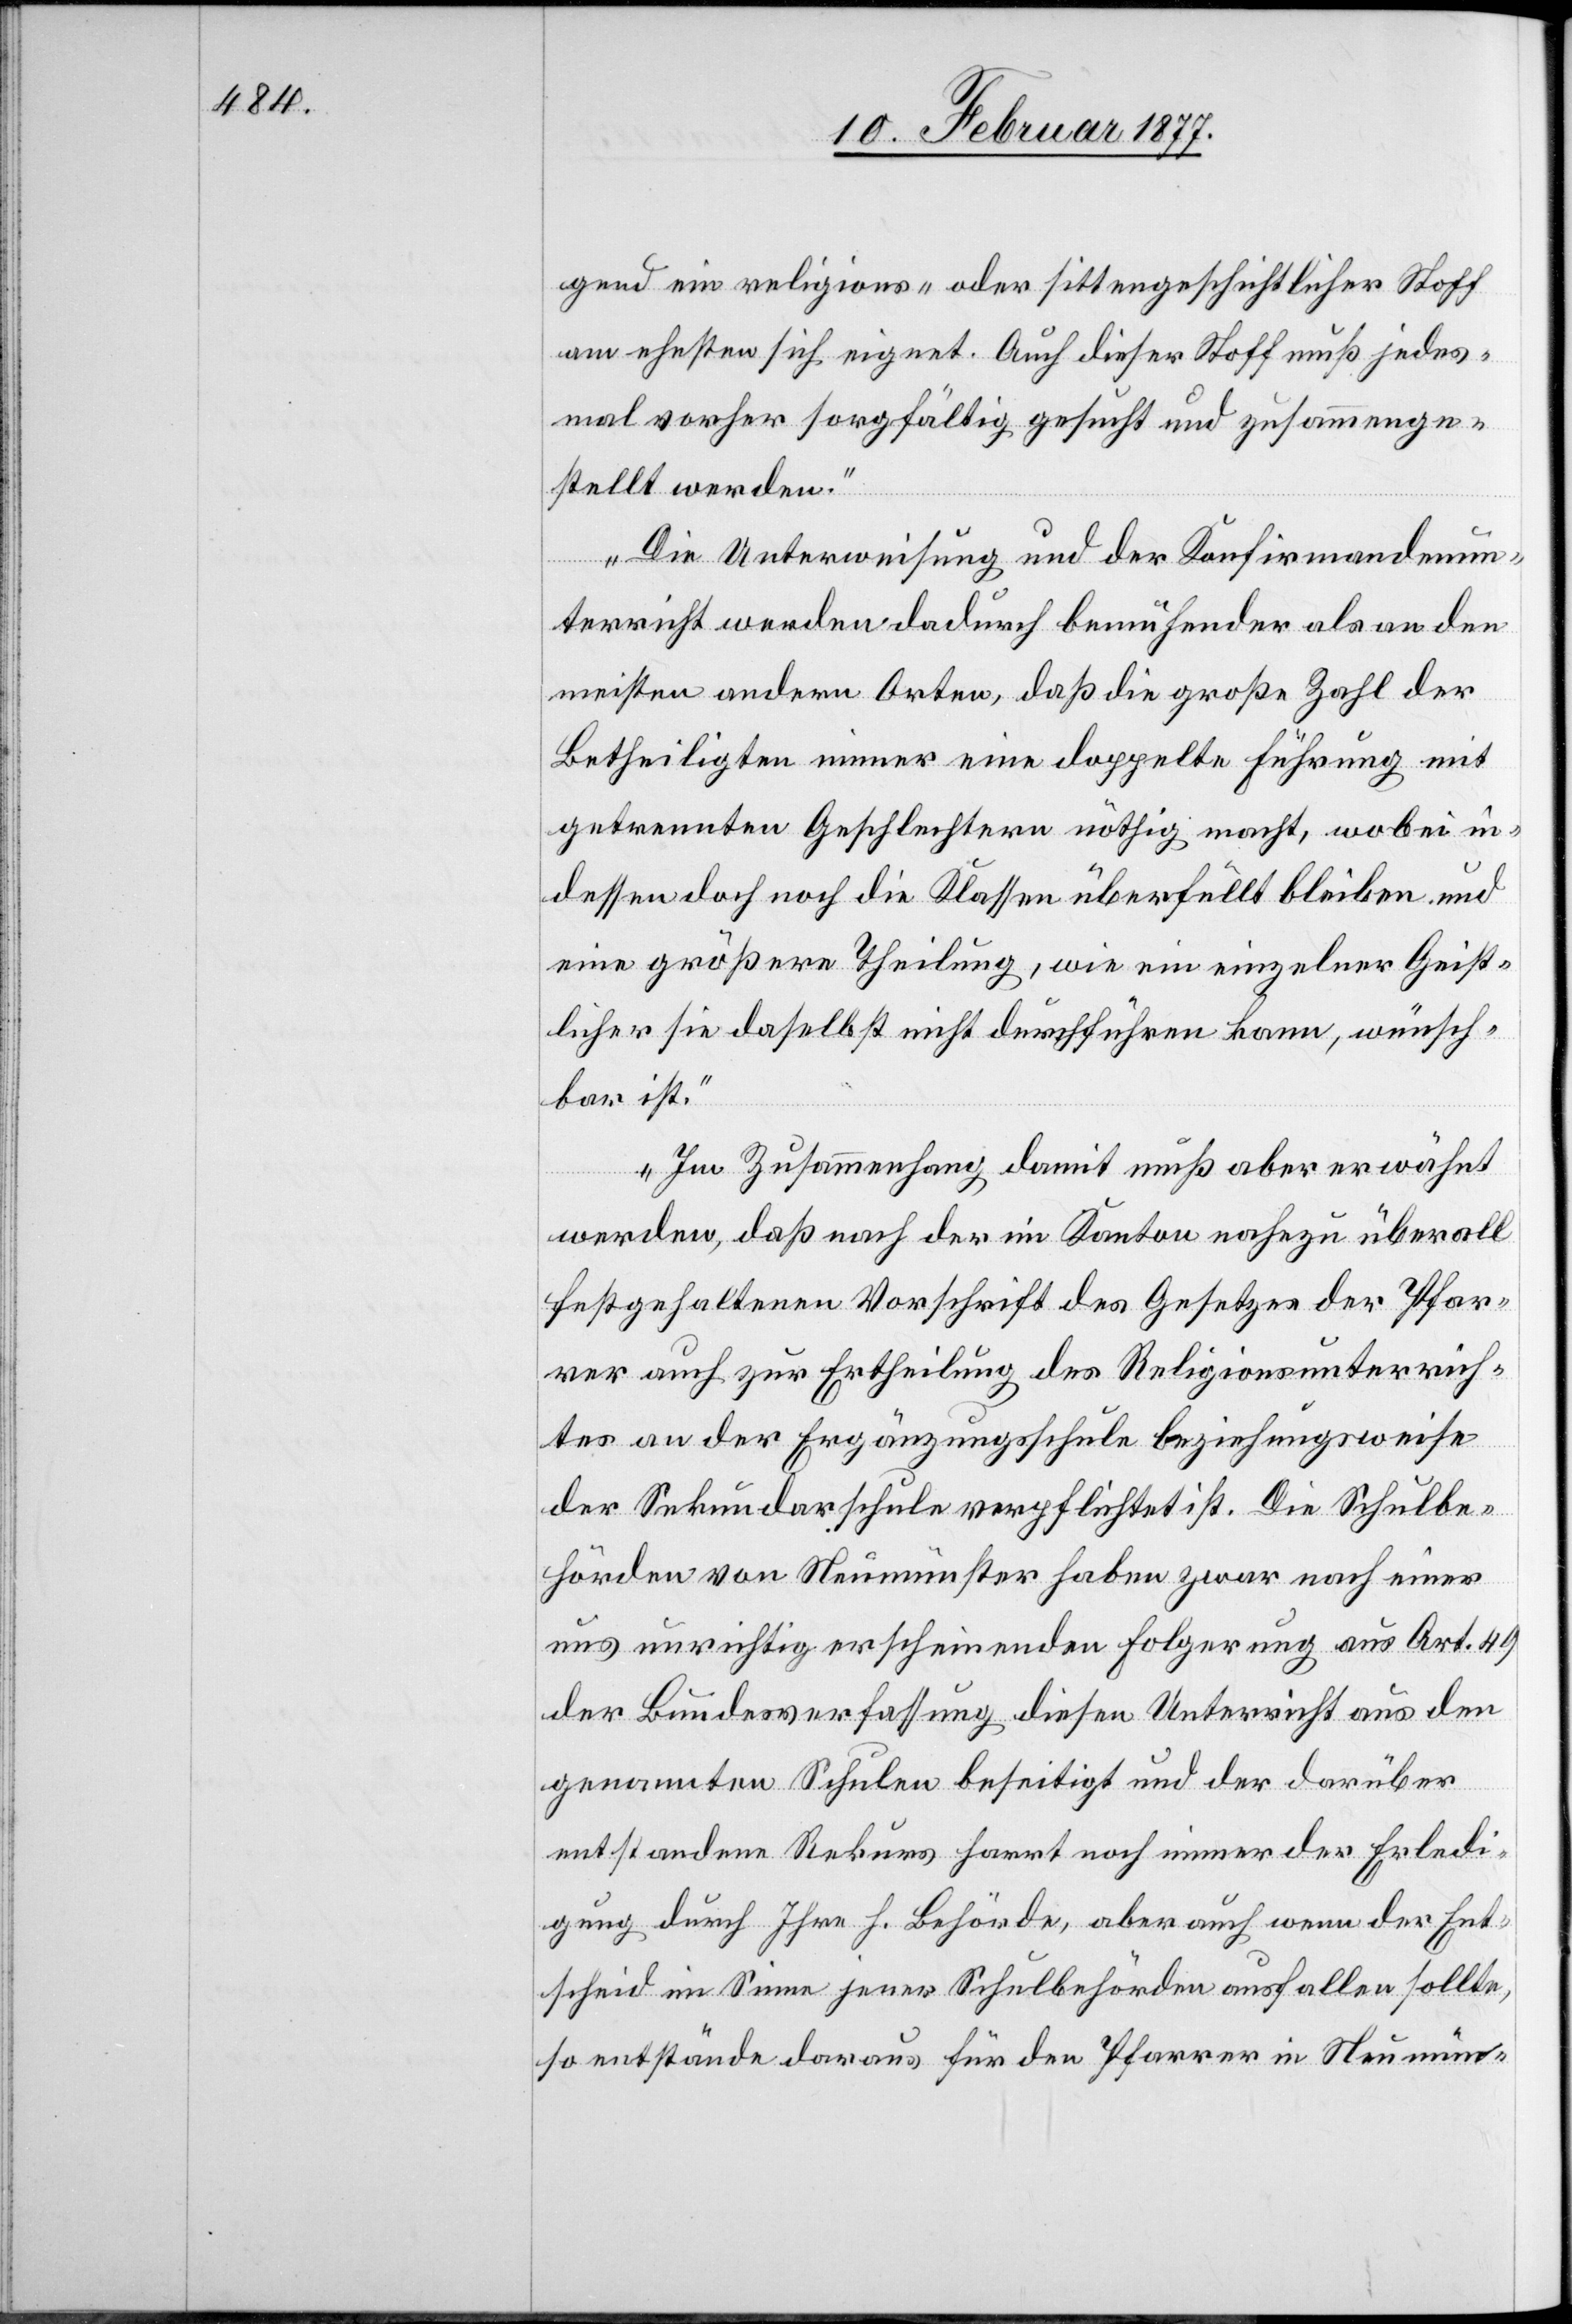
gend ein religions- oder sittengeschichtlicher Stoff
am ehesten sich eignet. Auch dieser Stoff muß jedes¬
mal vorher sorgfältig gesucht und zusammenge¬
stellt werden.
Die Unterweisung und der Konfirmandenun¬
terricht werden dadurch bemühender als an den
meisten andern Orten, daß die große Zahl der
Betheiligten immer eine doppelte Führung mit
getrennten Geschlechtern nöthig macht, wobei in¬
dessen doch noch die Klasse überfüllt bleibe und
eine größere Theilung, wie ein einzelner Geist¬
licher sie daselbst nicht durchführen kann, wünsch¬
bar ist.
In Zusammenhang damit muß aber erwähnt
werden, daß nach der im Kanton nahezu überall
festgehaltenen Vorschrift des Gesetzes der Pfar¬
rer auch zur Ertheilung des Religionsunterrich¬
tes an der Ergänzungsschule beziehungsweise
der Sekundarschule verpflichtet ist. Die Schulbe¬
hörden von Neumünster haben zwar nach einer
uns unrichtig erscheinenden Folgerung aus Art. 49
der Bundesverfassung diesen Unterricht aus den
genannten Schulen beseitigt und der darüber
entstandene Rekurs harrt noch immer der Erled¬
igung durch Ihre h. Behörde, aber auch wenn der Ent¬
scheid im Sinne jener Schulbehörden ausfallen sollte,
so entstände daraus für den Pfarrer in Neumün-